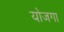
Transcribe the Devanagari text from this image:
योजगा